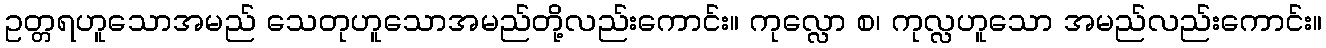
ဥတ္တရဟူသောအမည် သေတုဟူသောအမည်တို့လည်းကောင်း။ ကုလ္လော စ၊ ကုလ္လဟူသော အမည်လည်းကောင်း။